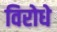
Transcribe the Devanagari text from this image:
विरोधे